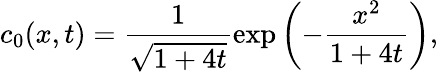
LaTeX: c_{0}(x,t)=\frac{1}{\sqrt{1+4t}}\exp{\left(-\frac{x^{2}}{1+4t}\right)},